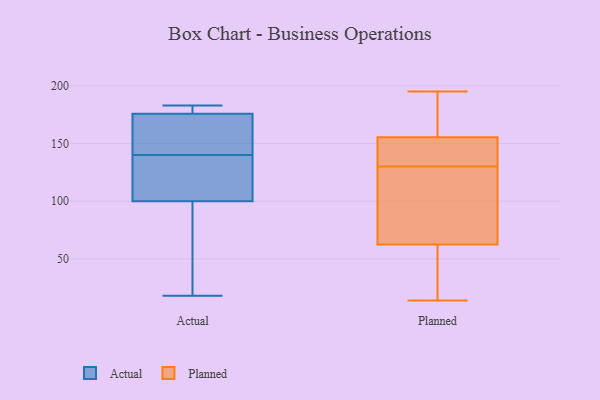
{"axis": {"x": "Energy Usage (MWh)", "y": "Value"}, "legend": ["Actual", "Planned"], "data": [{"x": "", "y": 182, "type": "Actual"}, {"x": "", "y": 78, "type": "Actual"}, {"x": "", "y": 103, "type": "Actual"}, {"x": "", "y": 175, "type": "Actual"}, {"x": "", "y": 104, "type": "Actual"}, {"x": "", "y": 140, "type": "Actual"}, {"x": "", "y": 183, "type": "Actual"}, {"x": "", "y": 99, "type": "Actual"}, {"x": "", "y": 143, "type": "Actual"}, {"x": "", "y": 129, "type": "Actual"}, {"x": "", "y": 176, "type": "Actual"}, {"x": "", "y": 84, "type": "Actual"}, {"x": "", "y": 18, "type": "Actual"}, {"x": "", "y": 177, "type": "Actual"}, {"x": "", "y": 150, "type": "Actual"}, {"x": "", "y": 195, "type": "Planned"}, {"x": "", "y": 66, "type": "Planned"}, {"x": "", "y": 171, "type": "Planned"}, {"x": "", "y": 27, "type": "Planned"}, {"x": "", "y": 158, "type": "Planned"}, {"x": "", "y": 14, "type": "Planned"}, {"x": "", "y": 90, "type": "Planned"}, {"x": "", "y": 155, "type": "Planned"}, {"x": "", "y": 127, "type": "Planned"}, {"x": "", "y": 25, "type": "Planned"}, {"x": "", "y": 156, "type": "Planned"}, {"x": "", "y": 138, "type": "Planned"}, {"x": "", "y": 133, "type": "Planned"}, {"x": "", "y": 73, "type": "Planned"}, {"x": "", "y": 150, "type": "Planned"}, {"x": "", "y": 59, "type": "Planned"}]}